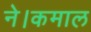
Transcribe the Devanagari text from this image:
ने।कमाल